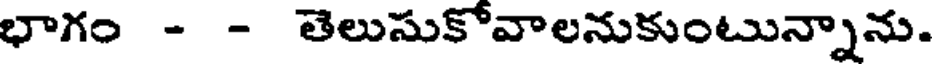
భాగం - - తెలుసుకోవాలనుకుంటున్నాను.